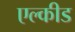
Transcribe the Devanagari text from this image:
एल्कीड